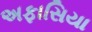
અફાસિયા